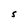
Character: S